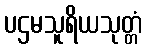
ပဌမသူရိယသုတ္တံ